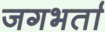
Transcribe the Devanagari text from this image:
जगभर्ता